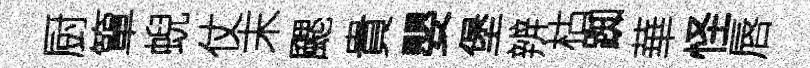
厨簞蜺仗末颸貴嬰堡辨枯踟華怪唇